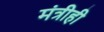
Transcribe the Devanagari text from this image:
मंत्रीही